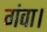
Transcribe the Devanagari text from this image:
गंवा।